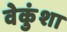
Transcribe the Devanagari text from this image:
वेकुंशा